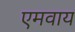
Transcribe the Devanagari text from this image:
एमवाय